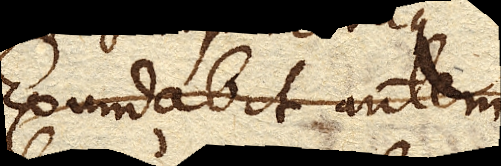
Exundabit autem